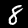
Digit: 8